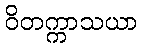
ဝိတက္ကာသယာ